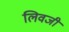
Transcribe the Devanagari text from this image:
लिवजी